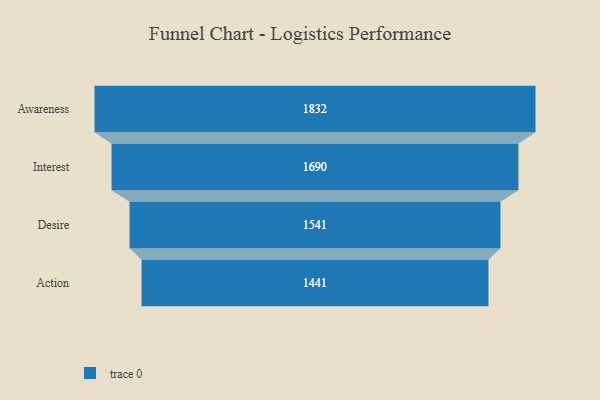
{"axis": {"x": "Stage", "y": "Value"}, "legend": [""], "data": [{"x": "Awareness", "y": 1832.0, "type": ""}, {"x": "Interest", "y": 1690.0, "type": ""}, {"x": "Desire", "y": 1541.0, "type": ""}, {"x": "Action", "y": 1441.0, "type": ""}]}